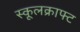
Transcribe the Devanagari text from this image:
स्कूलक्राफ्ट